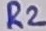
Text: R2